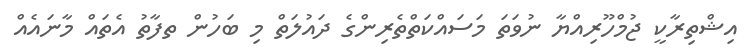
އިޝްތިރާކީ ޖުމްހޫރިއްޔާ ނުވަތަ މަސައްކަތްތެރިންގެ ދައުލަތް މި ބަހުން ތފާތު އެތައް މާނައެއް